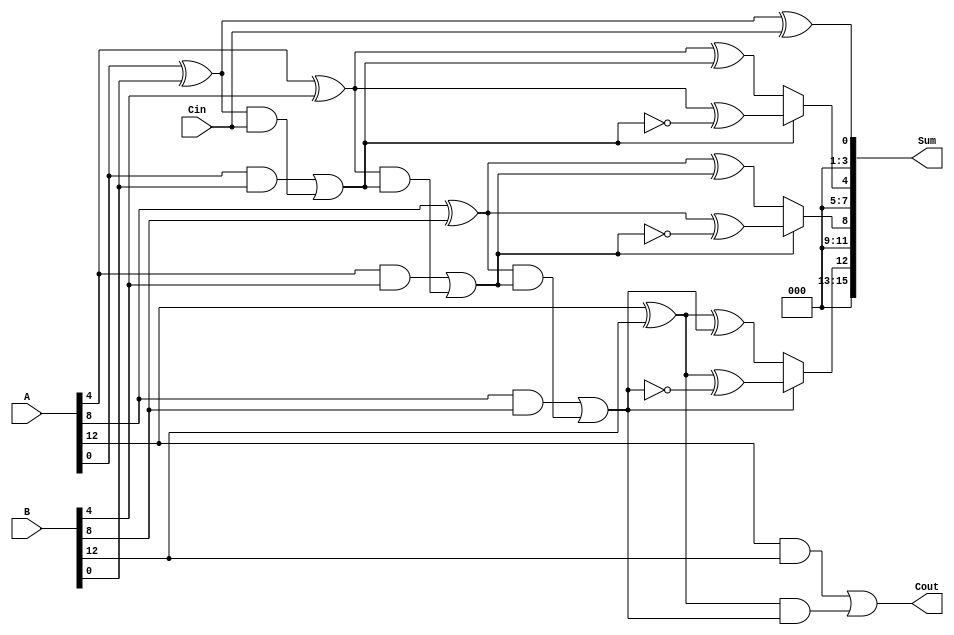
module StaticCarrySelectAdder (
    input  wire [15:0] A,    // 16-bit input A
    input  wire [15:0] B,    // 16-bit input B
    input  wire         Cin,  // Carry-in
    output wire [15:0] Sum,   // 16-bit output Sum
    output wire         Cout   // Carry-out
);
    
    // Intermediate wires for carries and sums
    wire [3:0] S0, S1; // Sums for carry-in = 0 and carry-in = 1
    wire [3:0] C;      // Carry-out for each segment
    wire [3:0] G;      // Generate signals
    wire [3:0] P;      // Propagate signals
    
    // Generate and propagate for each segment
    generate
        genvar i;
        for (i = 0; i < 4; i = i + 1) begin : adder_block
            wire [3:0] a = A[i*4 +: 4]; // 4 bits from A
            wire [3:0] b = B[i*4 +: 4]; // 4 bits from B
            
            // Calculate generate and propagate
            assign G[i] = a & b; // Generate
            assign P[i] = a ^ b; // Propagate
            
            // Calculate sums for carry-in = 0 and carry-in = 1
            assign S0[i] = P[i] ^ (i == 0 ? Cin : C[i-1]); // Sum with Cin
            assign S1[i] = P[i] ^ (1'b1 ^ (i == 0 ? Cin : C[i-1])); // Sum with Cin = 1
            
            // Calculate carry-out for this segment
            assign C[i] = G[i] | (P[i] & (i == 0 ? Cin : C[i-1]));
        end
    endgenerate
    
    // Final sum selection based on carry-out from the previous segment
    assign Sum[3:0] = S0[0]; // Initial sum for the least significant bits
    assign Sum[7:4] = (C[0] ? S1[1] : S0[1]);
    assign Sum[11:8] = (C[1] ? S1[2] : S0[2]);
    assign Sum[15:12] = (C[2] ? S1[3] : S0[3]);
    
    // Final carry-out
    assign Cout = C[3];

endmodule